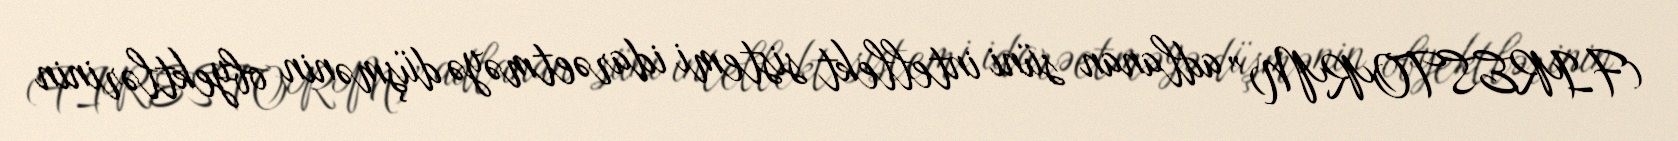
(FIRESTORM)” adlanan süni intellekt sistemi idarəetməyə düşmənin obyektlərinin